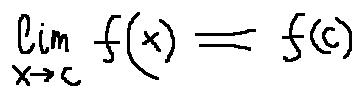
\lim \limits _ { x \rightarrow c } f ( x ) = f ( c )